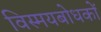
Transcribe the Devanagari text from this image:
विस्मयबोधकों